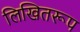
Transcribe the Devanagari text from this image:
लिखितरूप